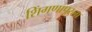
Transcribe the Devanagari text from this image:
शिंगणापूरला